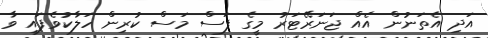
އަދި އެތަނުން އެއް ޖަނަރޭޓަރު މީގެ ފަސް މަސް ކުރިން ހަލާކުވެފައި ވާ